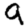
Digit: 9